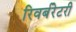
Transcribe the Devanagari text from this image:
रिवर्बरेटरी